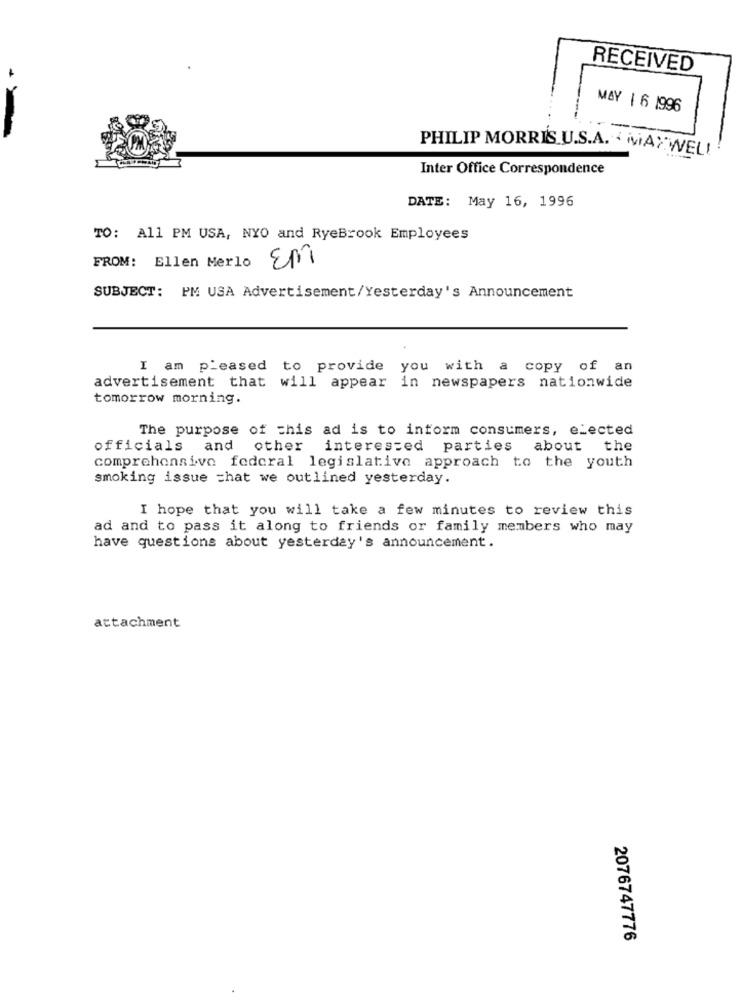
RECEIVED
MAY 1 6 1996
PHILIP MORRIS U.S.A. ' MAXWEL!
Inter Office Correspondence
DATE: May 16, 1996
TO: All PM USA, NYO and RyeBrook Employees
FROM: Ellen Merlo
Em
SUBJECT: PM USA Advertisement/Yesterday's Announcement
I am pleased to provide you with a copy of an
advertisement that will appear in newspapers nationwide
tomorrow morning.
The purpose of this ad is to inform consumers, elected
officials and
other
interested parties
about
the
comprehensive federal legislative approach to the youth
smoking issue that we outlined yesterday.
I hope that you will take a few minutes to review this
ad and to pass it along to friends or family members who may
have questions about yesterday's announcement.
attachment
2076747776